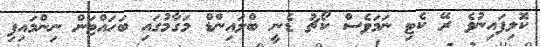
ކޮލިފައިނުވެ ރޭ ކެޓި ނަމަވެސް ކޯޗު ޑެނީ ބްލައިންޑް މަގާމުގައި ބަހައްޓަން ނިންމައިފި